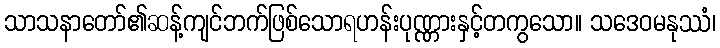
သာသနာတော်၏ဆန့်ကျင်ဘက်ဖြစ်သောရဟန်းပုဏ္ဏားနှင့်တကွသော။ သဒေဝမနုဿံ၊